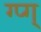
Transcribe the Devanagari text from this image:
ग्प्ग्